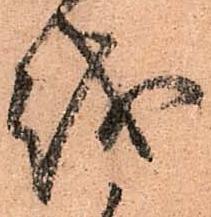
越